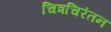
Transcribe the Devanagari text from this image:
चित्रचिरंतन